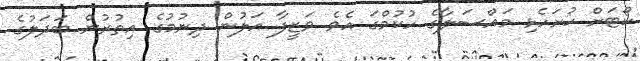
ކޯޓަށް ހުށަހެޅި މައްސަލާގެ ހުކުމްގަ އެވެ. ވަޒީފާ އަލުން ދިނުމުގެ އިތުރުން ބަދަލުގެ